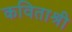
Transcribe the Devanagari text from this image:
कविताश्री